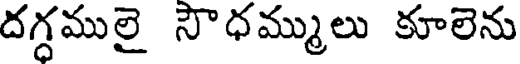
దగ్గములై సౌధమ్ములు కూలెను